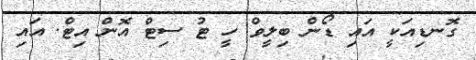
ގޮނޑިއަކީ އައި ޑޯން ބިލީވް ހީ ޓު ސިޓް އޮން އިޓް. އައި